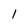
Character: 1